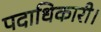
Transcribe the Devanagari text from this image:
पदाधिकारी।